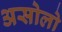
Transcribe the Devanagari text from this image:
असोलो